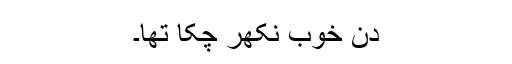
دن خوب نکھر چکا تھا۔